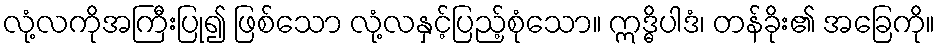
လုံ့လကိုအကြီးပြု၍ ဖြစ်သော လုံ့လနှင့်ပြည့်စုံသော။ ဣဒ္ဓိပါဒံ၊ တန်ခိုး၏ အခြေကို။